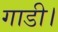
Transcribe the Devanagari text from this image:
गाडी।